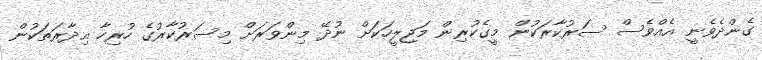
ގެންދެވެނީ އެއްވެސް ސަރުކާރަކުން މީގެކުރިން މަޖިލީހަކަށް ނުދޭ މިންވަރަށް މިސަރުކާރުގެ ހުރިހާ އިދާރަތަކުން